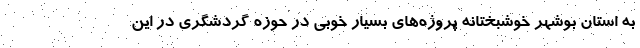
به استان بوشهر خوشبختانه پروژه‌های بسیار خوبی در حوزه گردشگری در این